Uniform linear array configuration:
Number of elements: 8
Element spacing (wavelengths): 0.25
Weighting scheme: kaiser
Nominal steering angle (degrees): -15
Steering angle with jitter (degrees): -13.565
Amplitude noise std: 0.05
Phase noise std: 0.05

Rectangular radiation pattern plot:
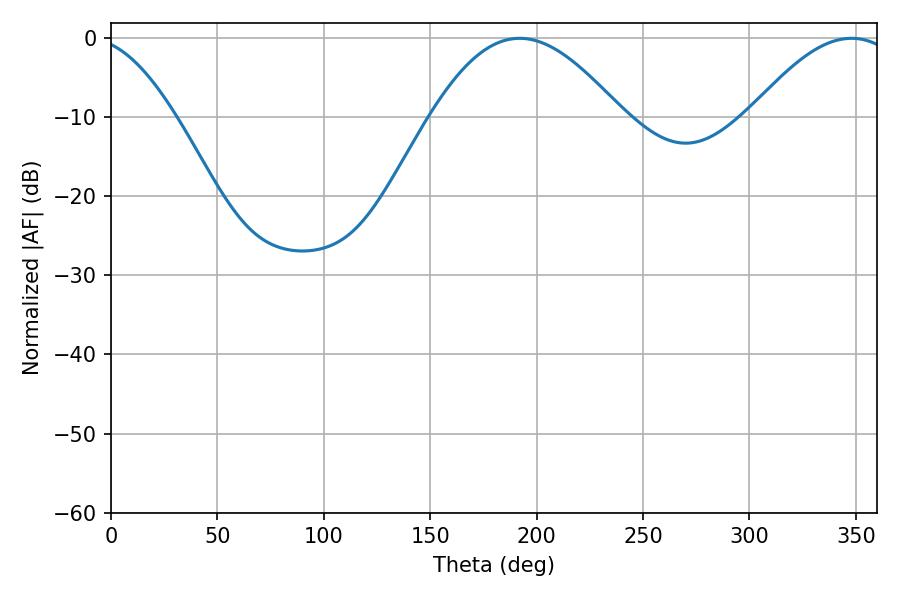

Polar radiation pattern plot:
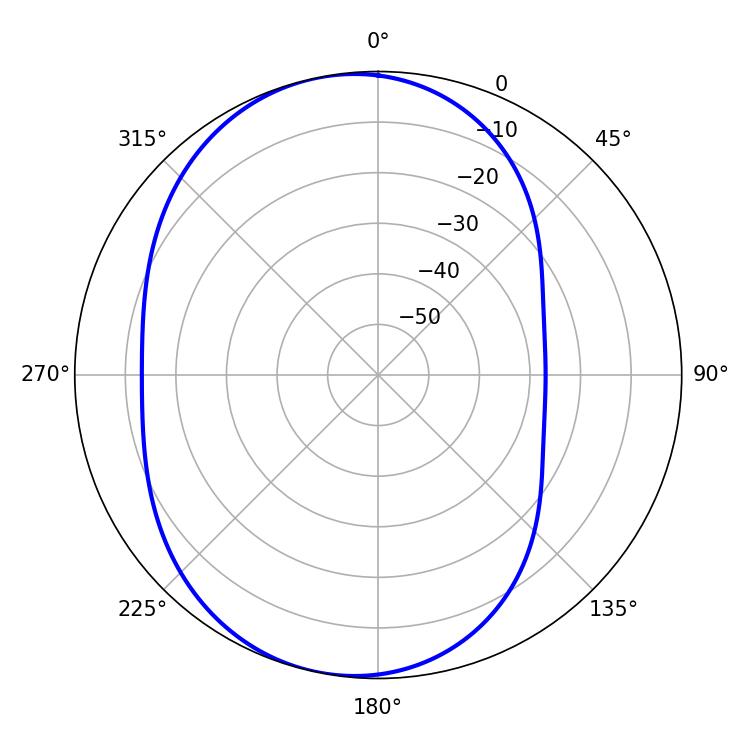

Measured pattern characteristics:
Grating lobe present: FALSE
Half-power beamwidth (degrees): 37.44
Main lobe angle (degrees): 347.94